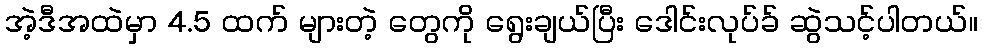
အဲ့ဒီအထဲမှာ 4.5 ထက် များတဲ့ တွေကို ရွေးချယ်ပြီး ဒေါင်းလုပ်ခ် ဆွဲသင့်ပါတယ်။